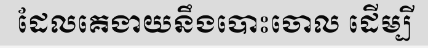
ដែលគេងាយនឹងបោះចោល ដើម្បី